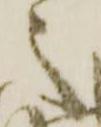
之